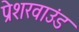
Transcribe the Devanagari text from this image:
प्रेशरवाउंड